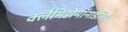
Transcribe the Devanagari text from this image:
क्लैमिडोमॉनाडेसिई